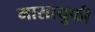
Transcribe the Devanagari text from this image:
मासायुकी